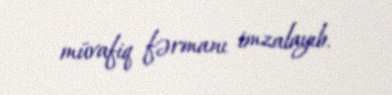
müvafiq fərmanı imzalayıb.